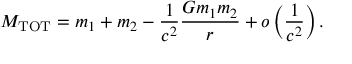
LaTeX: M _ { \mathrm { T O T } } = m _ { 1 } + m _ { 2 } - \frac { 1 } { c ^ { 2 } } \frac { G m _ { 1 } m _ { 2 } } { r } + o \left( \frac { 1 } { c ^ { 2 } } \right) .